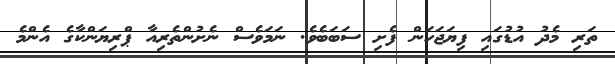
ތަރި މެދު އުޑުގައި ފިޔަޖަހަން ފެށި ސަބަބެވެ. ނަމަވެސް ނެށުންތެރިއާ ޕްރިޔަންކާގެ އެންމެ